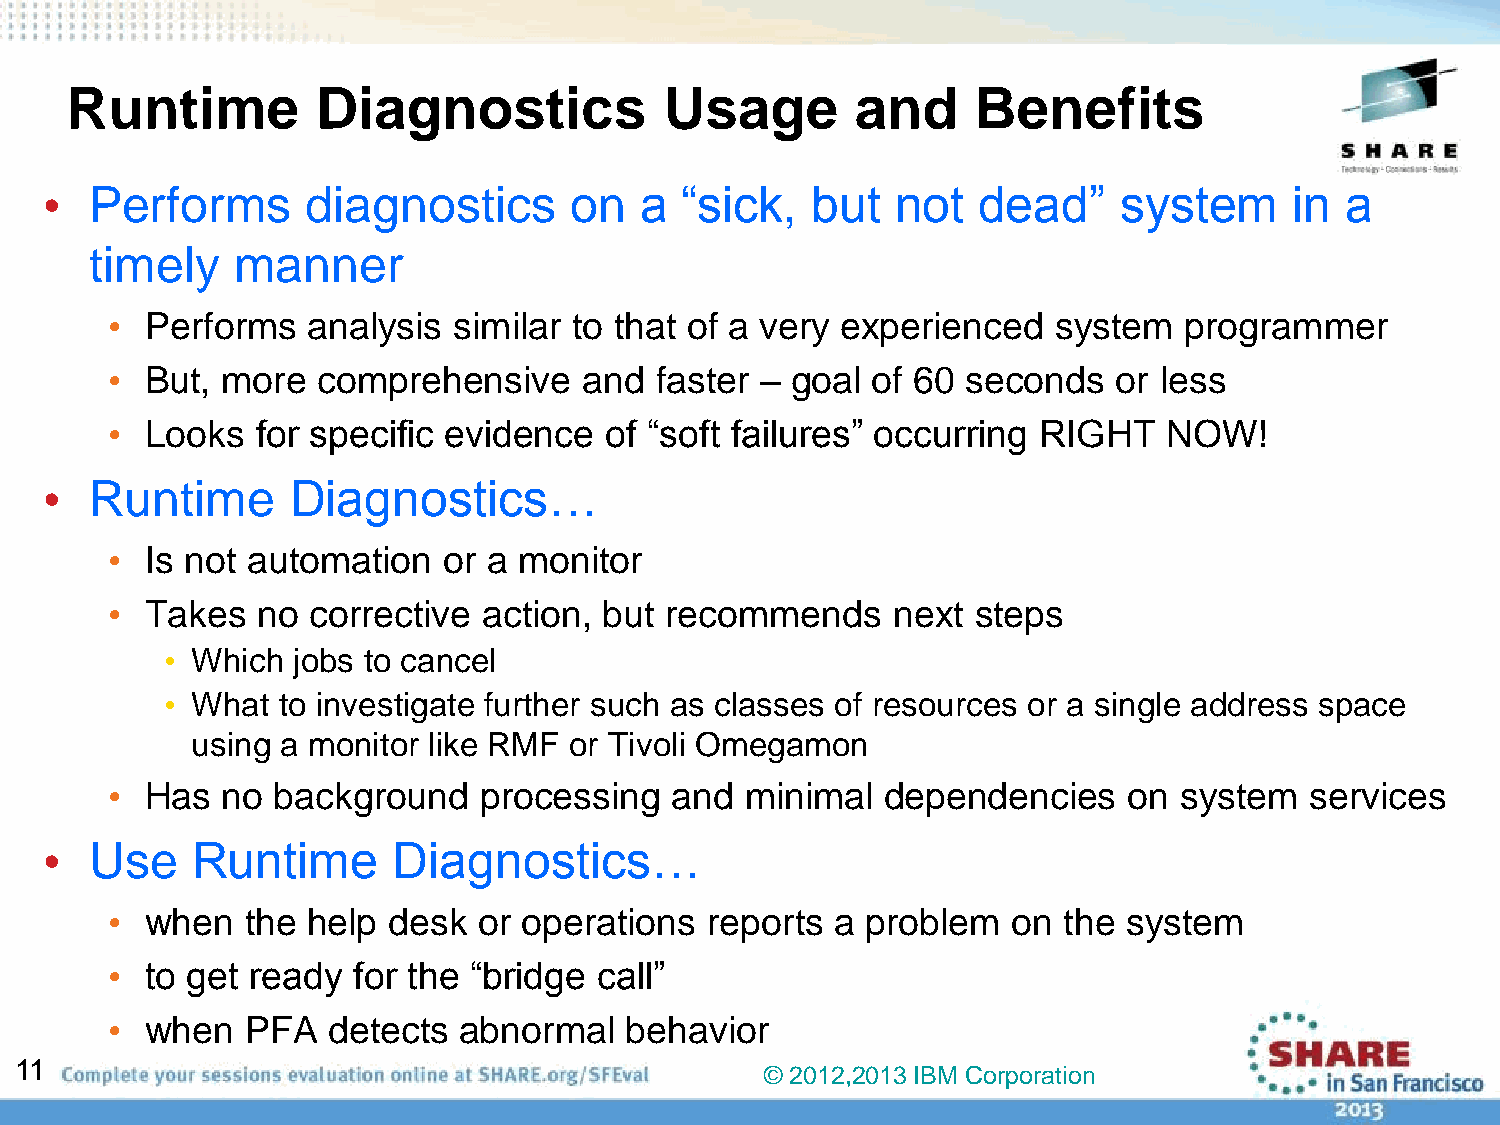
Runtime          Diagnostics            Usage        and     Benefits
 •  Performs      diagnostics       on  a  “sick,   but  not   dead”    system      in a
 timely   manner
 •  Performs  analysis  similar to that of a very experienced   system  programmer
 •  But, more  comprehensive     and faster – goal  of 60 seconds   or less
 •  Looks  for specific evidence  of “soft failures” occurring RIGHT   NOW!
 •  Runtime      Diagnostics…
 •  Is not automation  or a monitor
 •  Takes  no corrective  action, but recommends     next  steps
 • Which jobs to cancel
 • What to investigate further such as classes of resources or a single address space
 using a monitor like RMF or Tivoli Omegamon
 •  Has  no background    processing  and  minimal   dependencies    on system   services
 •  Use    Runtime      Diagnostics…
 •  when  the help  desk  or operations  reports a problem   on the  system
 •  to get ready for the “bridge  call”
 •  when  PFA   detects abnormal   behavior
 11
 © 2012,2013 IBM Corporation